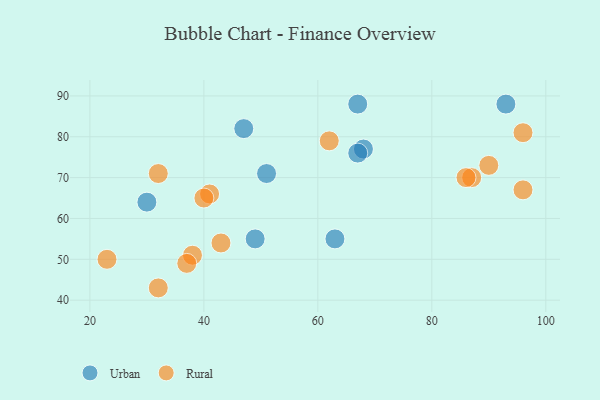
{"axis": {"x": "GDP", "y": "Life Expectancy"}, "legend": ["Rural", "Urban"], "data": [{"x": "68", "y": 77, "type": "Urban"}, {"x": "49", "y": 55, "type": "Urban"}, {"x": "47", "y": 82, "type": "Urban"}, {"x": "51", "y": 71, "type": "Urban"}, {"x": "63", "y": 55, "type": "Urban"}, {"x": "67", "y": 76, "type": "Urban"}, {"x": "67", "y": 88, "type": "Urban"}, {"x": "93", "y": 88, "type": "Urban"}, {"x": "30", "y": 64, "type": "Urban"}, {"x": "32", "y": 71, "type": "Rural"}, {"x": "38", "y": 51, "type": "Rural"}, {"x": "87", "y": 70, "type": "Rural"}, {"x": "32", "y": 43, "type": "Rural"}, {"x": "90", "y": 73, "type": "Rural"}, {"x": "62", "y": 79, "type": "Rural"}, {"x": "23", "y": 50, "type": "Rural"}, {"x": "43", "y": 54, "type": "Rural"}, {"x": "37", "y": 49, "type": "Rural"}, {"x": "41", "y": 66, "type": "Rural"}, {"x": "96", "y": 81, "type": "Rural"}, {"x": "96", "y": 67, "type": "Rural"}, {"x": "86", "y": 70, "type": "Rural"}, {"x": "40", "y": 65, "type": "Rural"}]}